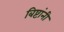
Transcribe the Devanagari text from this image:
बिष्टांनी